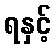
ရနှင့်